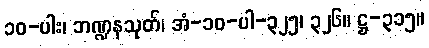
၁၀-ပါး၊ ဘဏ္ဍနသုတ်၊ အံ-၁၀-ပါ-၃၂၅၊ ၃၂၆။ ဋ္ဌ-၃၁၅။